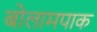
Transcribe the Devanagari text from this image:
बोलामपाक